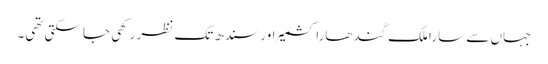
جہاں سے سارا ملک گندھارا کشمیر اور سندھ تک نظر رکھی جا سکتی تھی۔